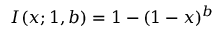
I ( x ; 1 , b ) = 1 - ( 1 - x ) ^ { b }